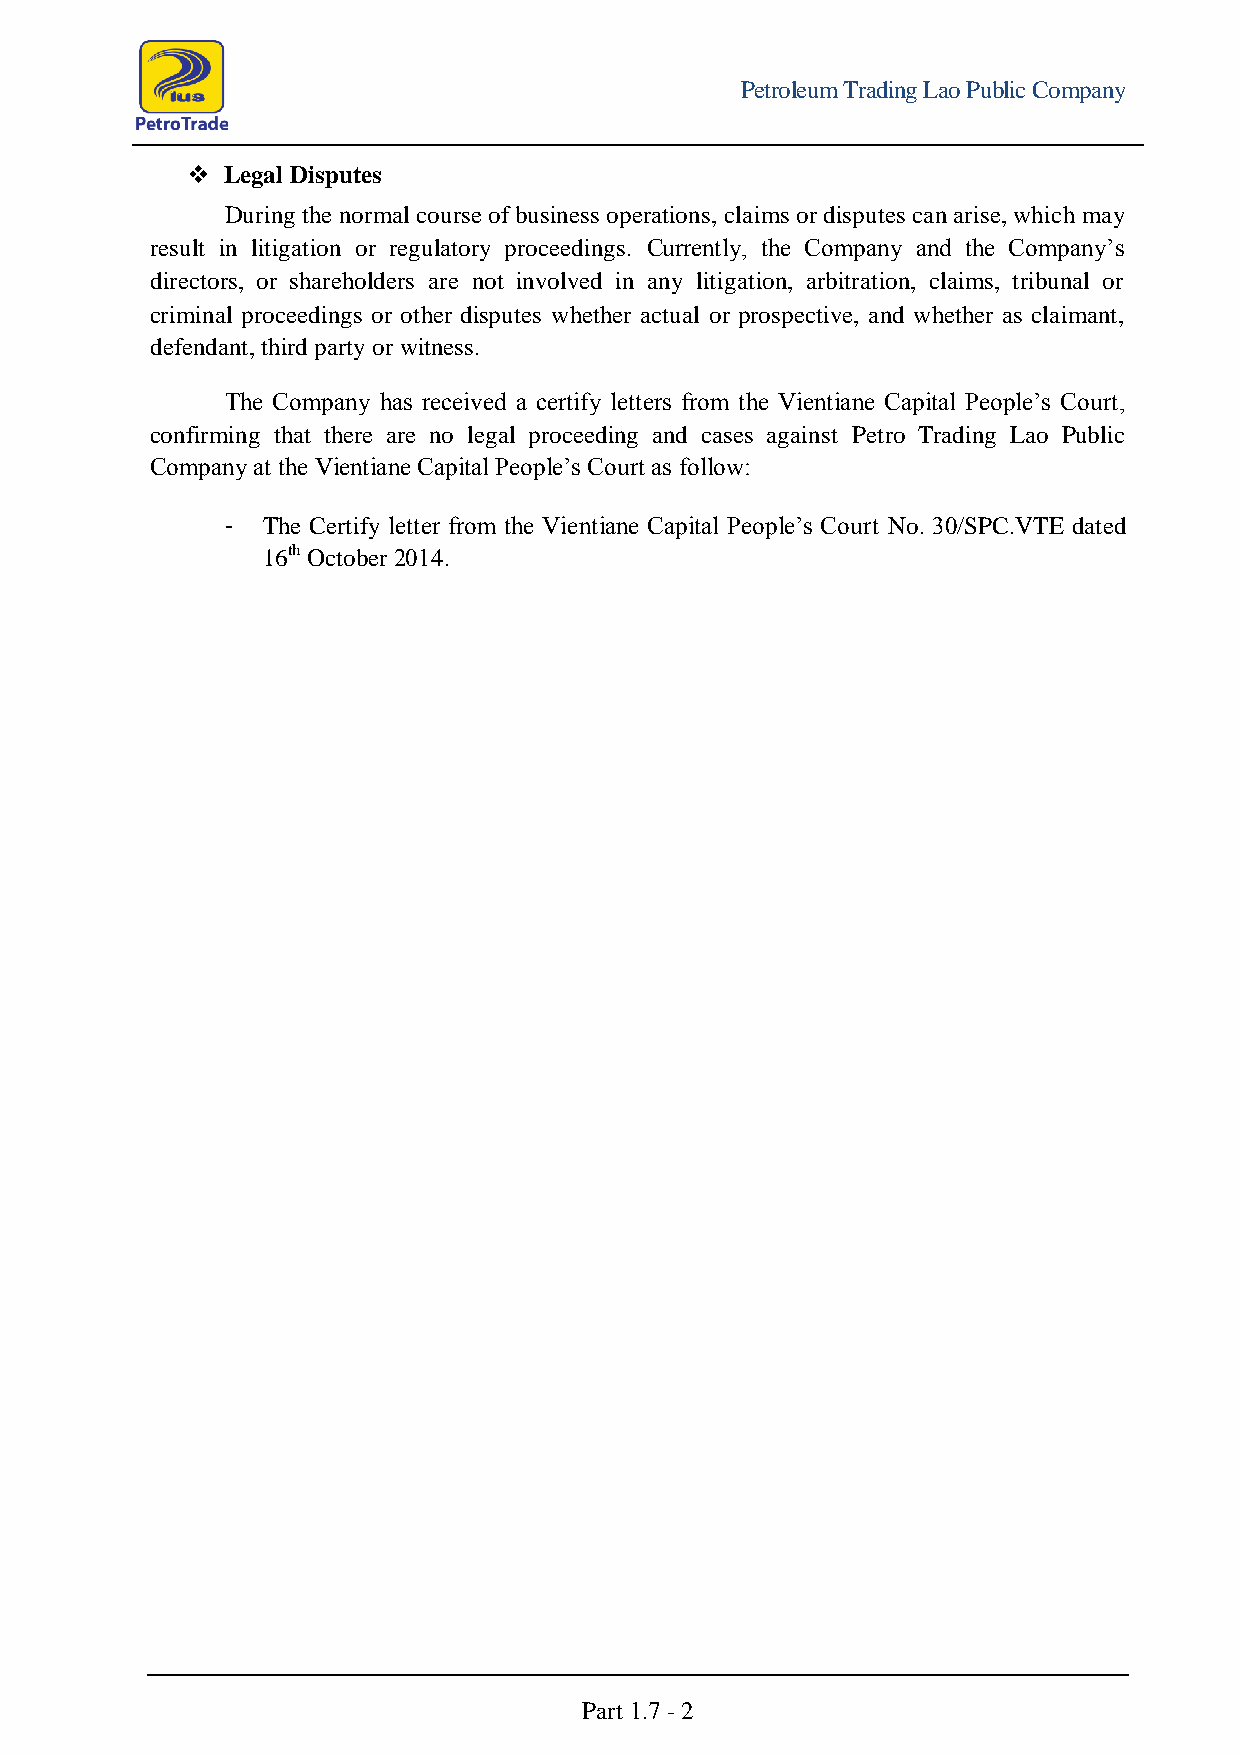
Petroleum Trading Lao Public Company
   Legal Disputes
 During the normal course of business operations, claims or disputes can arise, which may
 result in litigation or regulatory proceedings. Currently, the Company and the Company’s
 directors, or shareholders are not involved in any litigation, arbitration, claims, tribunal or
 criminal proceedings or other disputes whether actual or prospective, and whether as claimant,
 defendant, third party or witness.
 The Company has received a certify letters from the Vientiane Capital People’s Court,
 confirming that there are no legal proceeding and cases against Petro Trading Lao Public
 Company at the Vientiane Capital People’s Court as follow:
 The Certify letter from the Vientiane Capital People’s Court No. 30/SPC.VTE dated
 -
 16th October 2014.
 Part 1.7 - 2